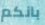
بانكم